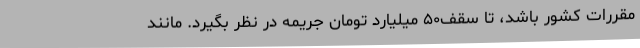
مقررات کشور باشد، تا سقف۵۰ میلیارد تومان جریمه در نظر بگیرد. مانند